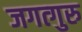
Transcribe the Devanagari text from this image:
जगत्गुरु